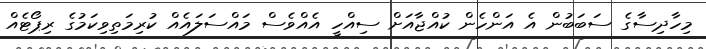
މިހާދިސާގެ ސަބަބުން އެ އަންހެން ކުއްޖާއަށް ސިއްހީ އެއްވެސް މައްސަލައެއް ކުރިމަތިވިކަމުގެ ރިޕޯޓެއް